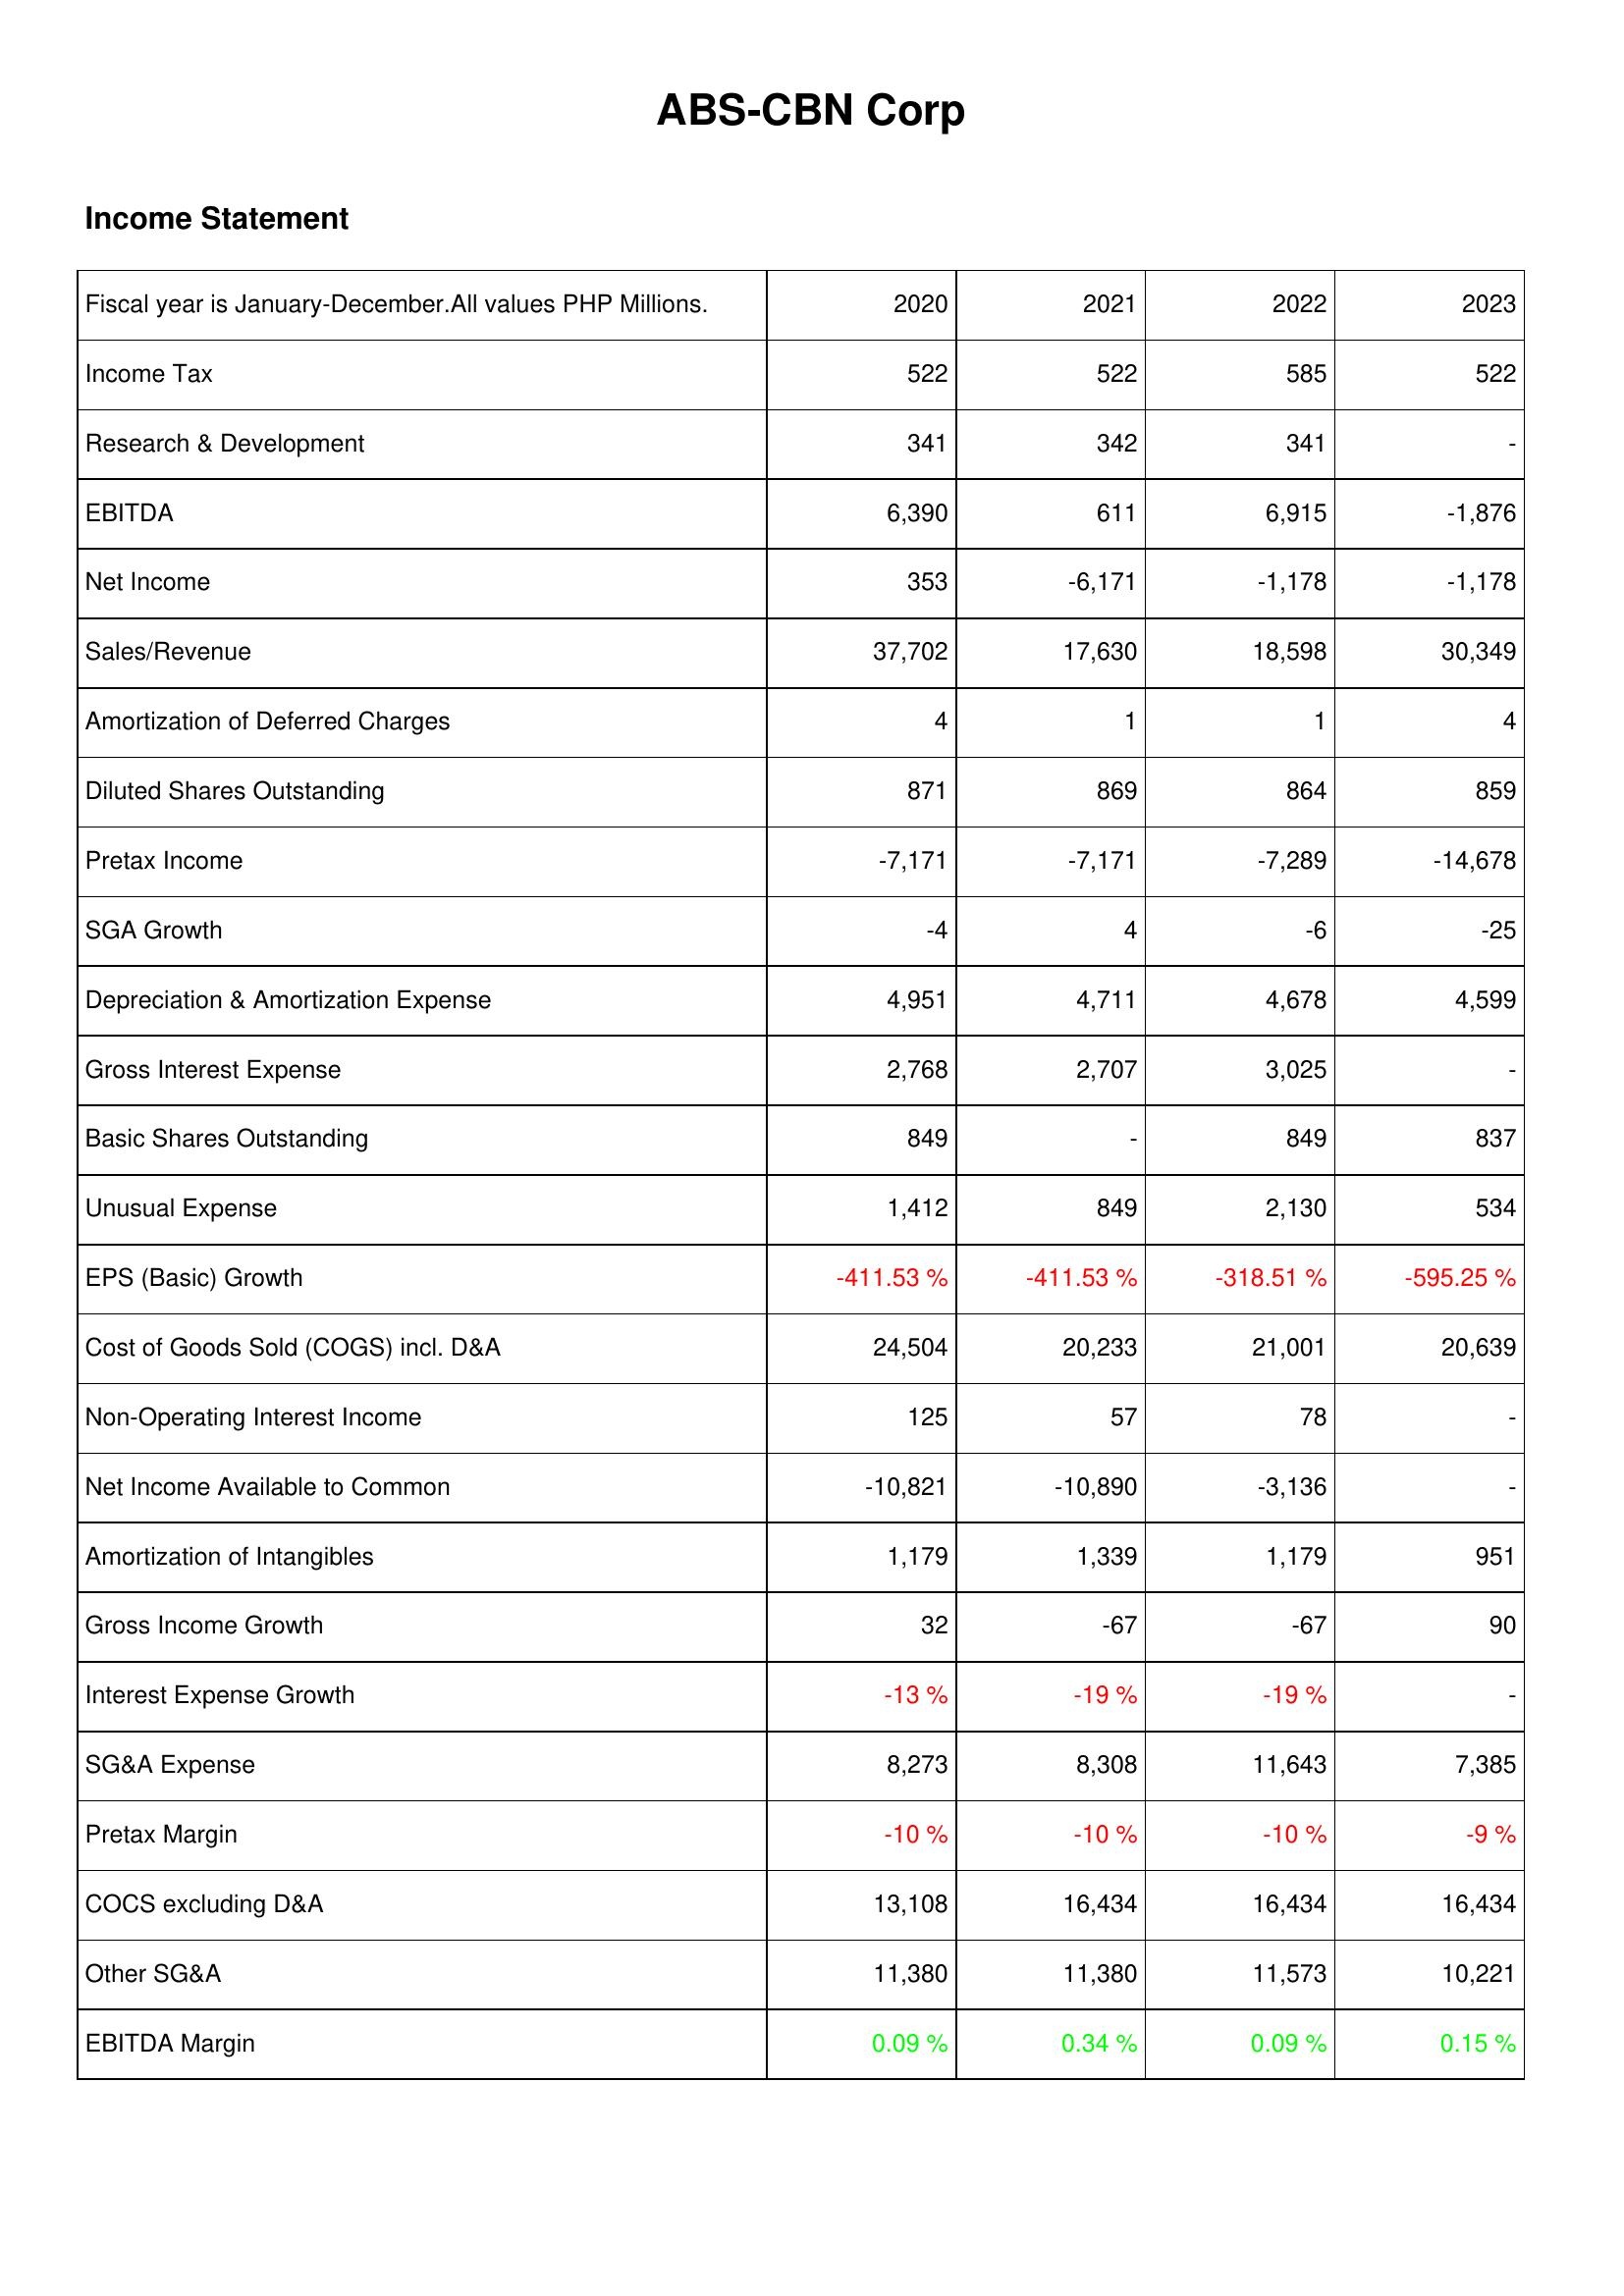
2020: Income Statement: Income Tax: 522
Research & Development: 341
EBITDA: 6,390
Net Income: 353
Sales/Revenue: 37,702
Amortization of Deferred Charges: 4
Diluted Shares Outstanding: 871
Pretax Income: -7,171
SGA Growth: -4
Depreciation & Amortization Expense: 4,951
Gross Interest Expense: 2,768
Basic Shares Outstanding: 849
Unusual Expense: 1,412
EPS (Basic) Growth: -411.53 %
Cost of Goods Sold (COGS) incl. D&A: 24,504
Non-Operating Interest Income: 125
Net Income Available to Common: -10,821
Amortization of Intangibles: 1,179
Gross Income Growth: 32
Interest Expense Growth: -13 %
SG&A Expense: 8,273
Pretax Margin: -10 %
COCS excluding D&A: 13,108
Other SG&A: 11,380
EBITDA Margin: 0.09 %
2021: Income Statement: Income Tax: 522
Research & Development: 342
EBITDA: 611
Net Income: -6,171
Sales/Revenue: 17,630
Amortization of Deferred Charges: 1
Diluted Shares Outstanding: 869
Pretax Income: -7,171
SGA Growth: 4
Depreciation & Amortization Expense: 4,711
Gross Interest Expense: 2,707
Basic Shares Outstanding: -
Unusual Expense: 849
EPS (Basic) Growth: -411.53 %
Cost of Goods Sold (COGS) incl. D&A: 20,233
Non-Operating Interest Income: 57
Net Income Available to Common: -10,890
Amortization of Intangibles: 1,339
Gross Income Growth: -67
Interest Expense Growth: -19 %
SG&A Expense: 8,308
Pretax Margin: -10 %
COCS excluding D&A: 16,434
Other SG&A: 11,380
EBITDA Margin: 0.34 %
2022: Income Statement: Income Tax: 585
Research & Development: 341
EBITDA: 6,915
Net Income: -1,178
Sales/Revenue: 18,598
Amortization of Deferred Charges: 1
Diluted Shares Outstanding: 864
Pretax Income: -7,289
SGA Growth: -6
Depreciation & Amortization Expense: 4,678
Gross Interest Expense: 3,025
Basic Shares Outstanding: 849
Unusual Expense: 2,130
EPS (Basic) Growth: -318.51 %
Cost of Goods Sold (COGS) incl. D&A: 21,001
Non-Operating Interest Income: 78
Net Income Available to Common: -3,136
Amortization of Intangibles: 1,179
Gross Income Growth: -67
Interest Expense Growth: -19 %
SG&A Expense: 11,643
Pretax Margin: -10 %
COCS excluding D&A: 16,434
Other SG&A: 11,573
EBITDA Margin: 0.09 %
2023: Income Statement: Income Tax: 522
Research & Development: -
EBITDA: -1,876
Net Income: -1,178
Sales/Revenue: 30,349
Amortization of Deferred Charges: 4
Diluted Shares Outstanding: 859
Pretax Income: -14,678
SGA Growth: -25
Depreciation & Amortization Expense: 4,599
Gross Interest Expense: -
Basic Shares Outstanding: 837
Unusual Expense: 534
EPS (Basic) Growth: -595.25 %
Cost of Goods Sold (COGS) incl. D&A: 20,639
Non-Operating Interest Income: -
Net Income Available to Common: -
Amortization of Intangibles: 951
Gross Income Growth: 90
Interest Expense Growth: -
SG&A Expense: 7,385
Pretax Margin: -9 %
COCS excluding D&A: 16,434
Other SG&A: 10,221
EBITDA Margin: 0.15 %